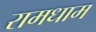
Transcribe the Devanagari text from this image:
रामधाम